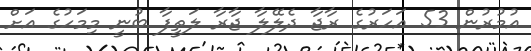
އުމުރުން 53 އަހަރުގެ ރާޖާ ދެލޭލާ ޖާރާ ލަތީފާ ބުނީ މިމަހުގެ އަށް